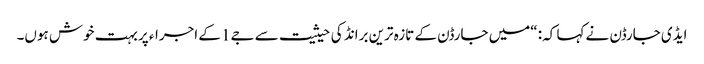
ایڈی جارڈن نے کہا کہ: “میں جارڈن کے تازہ ترین برانڈ کی حیثیت سے جے1 کے اجراء پر بہت خوش ہوں۔